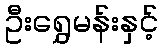
ဦးရွှေမန်းနှင့်